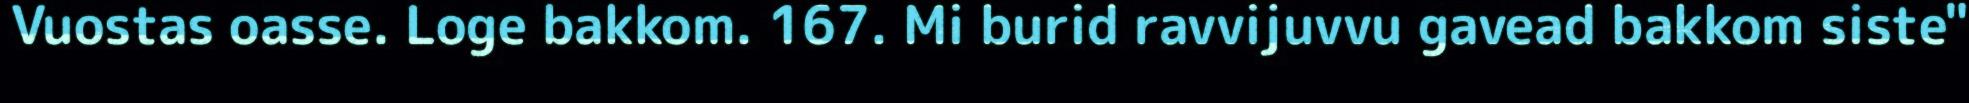
Vuostas oasse. Loge bakkom. 167. Mi burid ravvijuvvu gavead bakkom siste"